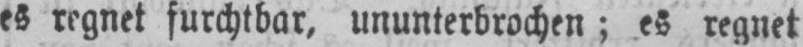
es regnet furchtbar, ununterbrochen; es regnet